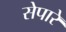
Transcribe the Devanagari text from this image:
सेपारे